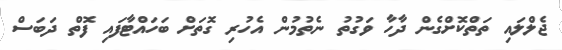
ޖެލްލައި ތަތްކޮށްގެން ދާހާ ވަގުތު ނެތުމުން އެހުރި ގޮތަށް ބަހައްޓާފައި ފޮތް ދަބަސް